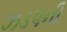
ઝડપની